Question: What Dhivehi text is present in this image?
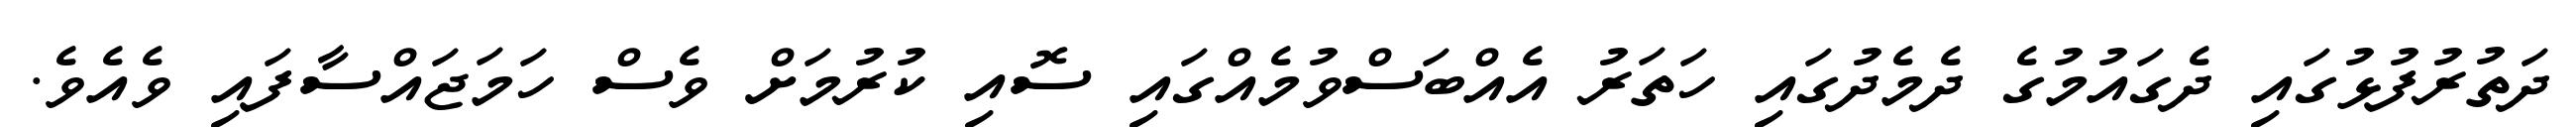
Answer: ދަތުރުފުޅުގައި ދެގައުމުގެ ދެމެދުގައި ހަތަރު އެއްބަސްވުމެއްގައި ސޮއި ކުރުމަށް ވެސް ހަމަޖައްސާފައި ވެއެވެ.